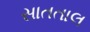
સાતતાલ